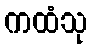
ကထံသု